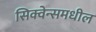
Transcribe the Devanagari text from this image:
सिक्वेन्समधील